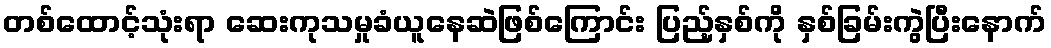
တစ်ထောင့်သုံးရာ ဆေးကုသမှုခံယူနေဆဲဖြစ်ကြောင်း ပြည့်နှစ်ကို နှစ်ခြမ်းကွဲပြီးနောက်